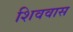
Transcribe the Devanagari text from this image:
शिववास